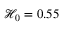
\mathcal { H } _ { 0 } = 0 . 5 5